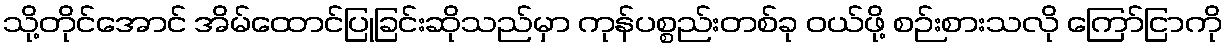
သို့တိုင်အောင် အိမ်ထောင်ပြုခြင်းဆိုသည်မှာ ကုန်ပစ္စည်းတစ်ခု ဝယ်ဖို့ စဉ်းစားသလို ကြော်ငြာကို